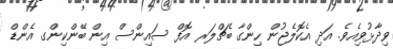
ވިދާޅުވިއެވެ. އަދި އެކޮލެޖުން ހިންގާ ބެޗްލަރ އޮފް ސައިންސް އިން ބޭންކިންގ އެންޑް